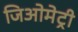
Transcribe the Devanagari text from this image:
जिअोमेट्री